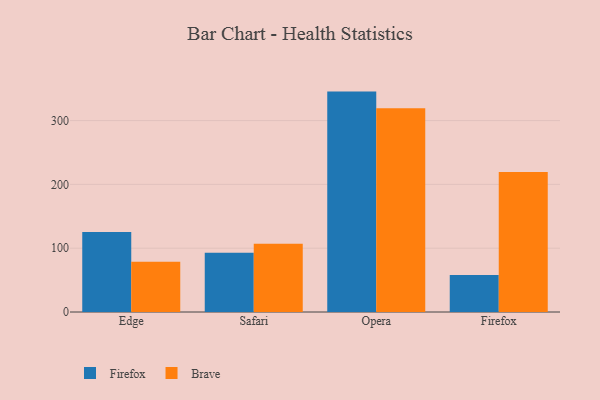
{"axis": {"x": "Browser", "y": "Backlog"}, "legend": ["Brave", "Firefox"], "data": [{"x": "Edge", "y": 125.4, "type": "Firefox"}, {"x": "Edge", "y": 78.9, "type": "Brave"}, {"x": "Safari", "y": 92.7, "type": "Firefox"}, {"x": "Safari", "y": 107.1, "type": "Brave"}, {"x": "Opera", "y": 345.4, "type": "Firefox"}, {"x": "Opera", "y": 319.2, "type": "Brave"}, {"x": "Firefox", "y": 57.8, "type": "Firefox"}, {"x": "Firefox", "y": 219.5, "type": "Brave"}]}